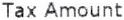
TAX AMOUNT